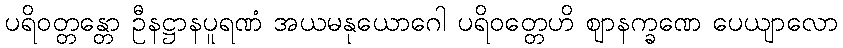
ပရိဝတ္တန္တော ဦနဋ္ဌာနပူရဏံ အယမနုယောဂေါ ပရိဝတ္တေဟိ ဈာနက္ခဏေ ပေယျာလော